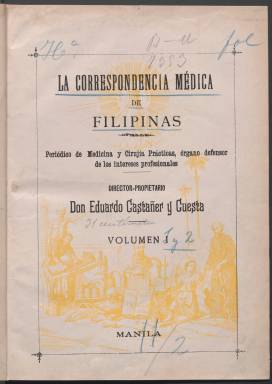
Título: La Correspondencia médica de Filipinas
Colección: Medicina
Ámbito geográfico: Filipinas
Lugar de publicación: Manila
Fechas: 01/01/1893-31/05/1897